Report on sanitation, dispensaries, and jails in Rajputana for 1918, and on vaccination for the year 1918-1919 - 1918-1919
Year: 1918
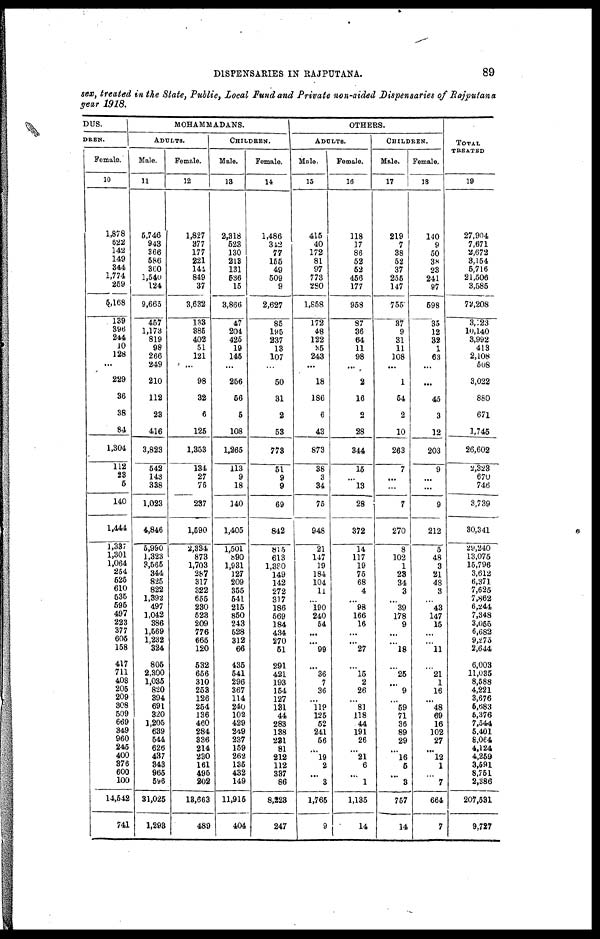
DISPENSARIES IN RAJPUTANA.
89
sex, treated in the State, Public, Local Fund and Private non-aided Dispensaries of Rajputana
year 1918.
DUS.
DREN.
Female.
10
1,878
622
142
149
344
1,774
259
5,168
139
396
244
10
128
...
229
36
38
84
1,304
112
23
5
140
1,444
1,337
1,301
1,064
254
525
610
535
595
497
223
377
605
158
417
711
408
205
209
308
509
669
349
960
245
400
376
600
100
14,542
741
MOHAMMADANS.
ADULTS.
Male.
11
5,746
943
366
586
360
1,540
124
9,665
457
1,173
819
98
266
249
210
112
23
416
3,823
542
143
338
1,023
4,846
5,990
1,323
3,565
344
825
822
1,392
497
1,042
386
1,569
1,232
324
805
2,300
1,035
820
394
691
320
1,205
639
544
626
437
343
965
596
31,025
1,293
Female.
12
1,827
377
177
221
144
849
37
3,632
133
385
402
51
121
...
98
32
6
125
1,353
134
27
76
237
1,590
2,334
873
1,703
287
317
322
655
230
523
209
776
665
120
532
656
310
253
126
254
136
460
284
336
214
230
161
495
202
18,663
489
CHILDREN.
Male.
13
2,318
523
130
213
131
536
15
3,866
47
204
425
19
145
...
256
56
5
108
1,265
113
9
18
140
1,405
1,501
890
1,931
127
209
355
541
215
850
243
528
312
66
435
541
296
367
114
240
102
429
249
237
159
262
135
432
149
11,915
404
Female.
14
1,486
342
77
155
49
509
9
2,627
85
195
237
13
107
...
50
31
2
53
773
51
9
9
69
842
815
613
1,380
149
142
272
317
186
569
184
434
270
51
291
421
193
154
127
131
44
283
138
281
81
212
112
337
86
8,223
247
OTHERS.
ADULTS.
Male.
15
415
40
172
81
97
773
280
1,858
172
48
122
35
243
...
18
186
6
43
873
38
3
34
75
948
21
147
19
184
104
11
...
190
240
54
...
...
99
...
36
7
36
...
119
125
52
241
56
...
19
2
...
3
1,765
9
Female.
16
118
17
86
52
52
456
177
958
87
36
64
11
98
...
2
16
2
28
344
15
...
13
28
372
14
117
19
75
68
4
...
98
166
16
...
...
27
...
15
2
26
...
81
118
44
191
26
...
21
6
...
1
1,135
14
CHILDREN.
Male.
17
219
7
38
52
37
255
147
755
37
9
31
11
108
...
1
54
2
10
263
7
...
...
7
270
8
102
1
23
34
3
...
39
178
9
...
...
18
...
25
...
9
...
59
71
36
89
29
...
16
5
...
3
757
14
Female.
18
140
9
50
38
23
241
97
598
35
12
32
1
63
...
...
45
3
12
203
9
...
...
9
212
5
48
3
21
48
3
...
43
147
15
...
...
11
...
21
1
16
...
48
69
16
102
27
...
12
1
...
7
664
7
TOTAL
TREATED
19
27,904
7,671
2,672
3,154
5,716
21,506
3,585
72,208
3,123
10,140
3,992
413
2,108
508
3,022
880
671
1,745
26,602
2,323
670
746
3,739
30,341
29,240
13,075
15,796
3,612
6,371
7,625
7,862
6,244
7,348
3,055
6,682
9,275
2,644
6,003
11,035
8,588
4,221
3,676
5,683
5,376
7,544
5,401
8,064
4,124
4,259
3,591
8,751
2,386
207,531
9,727